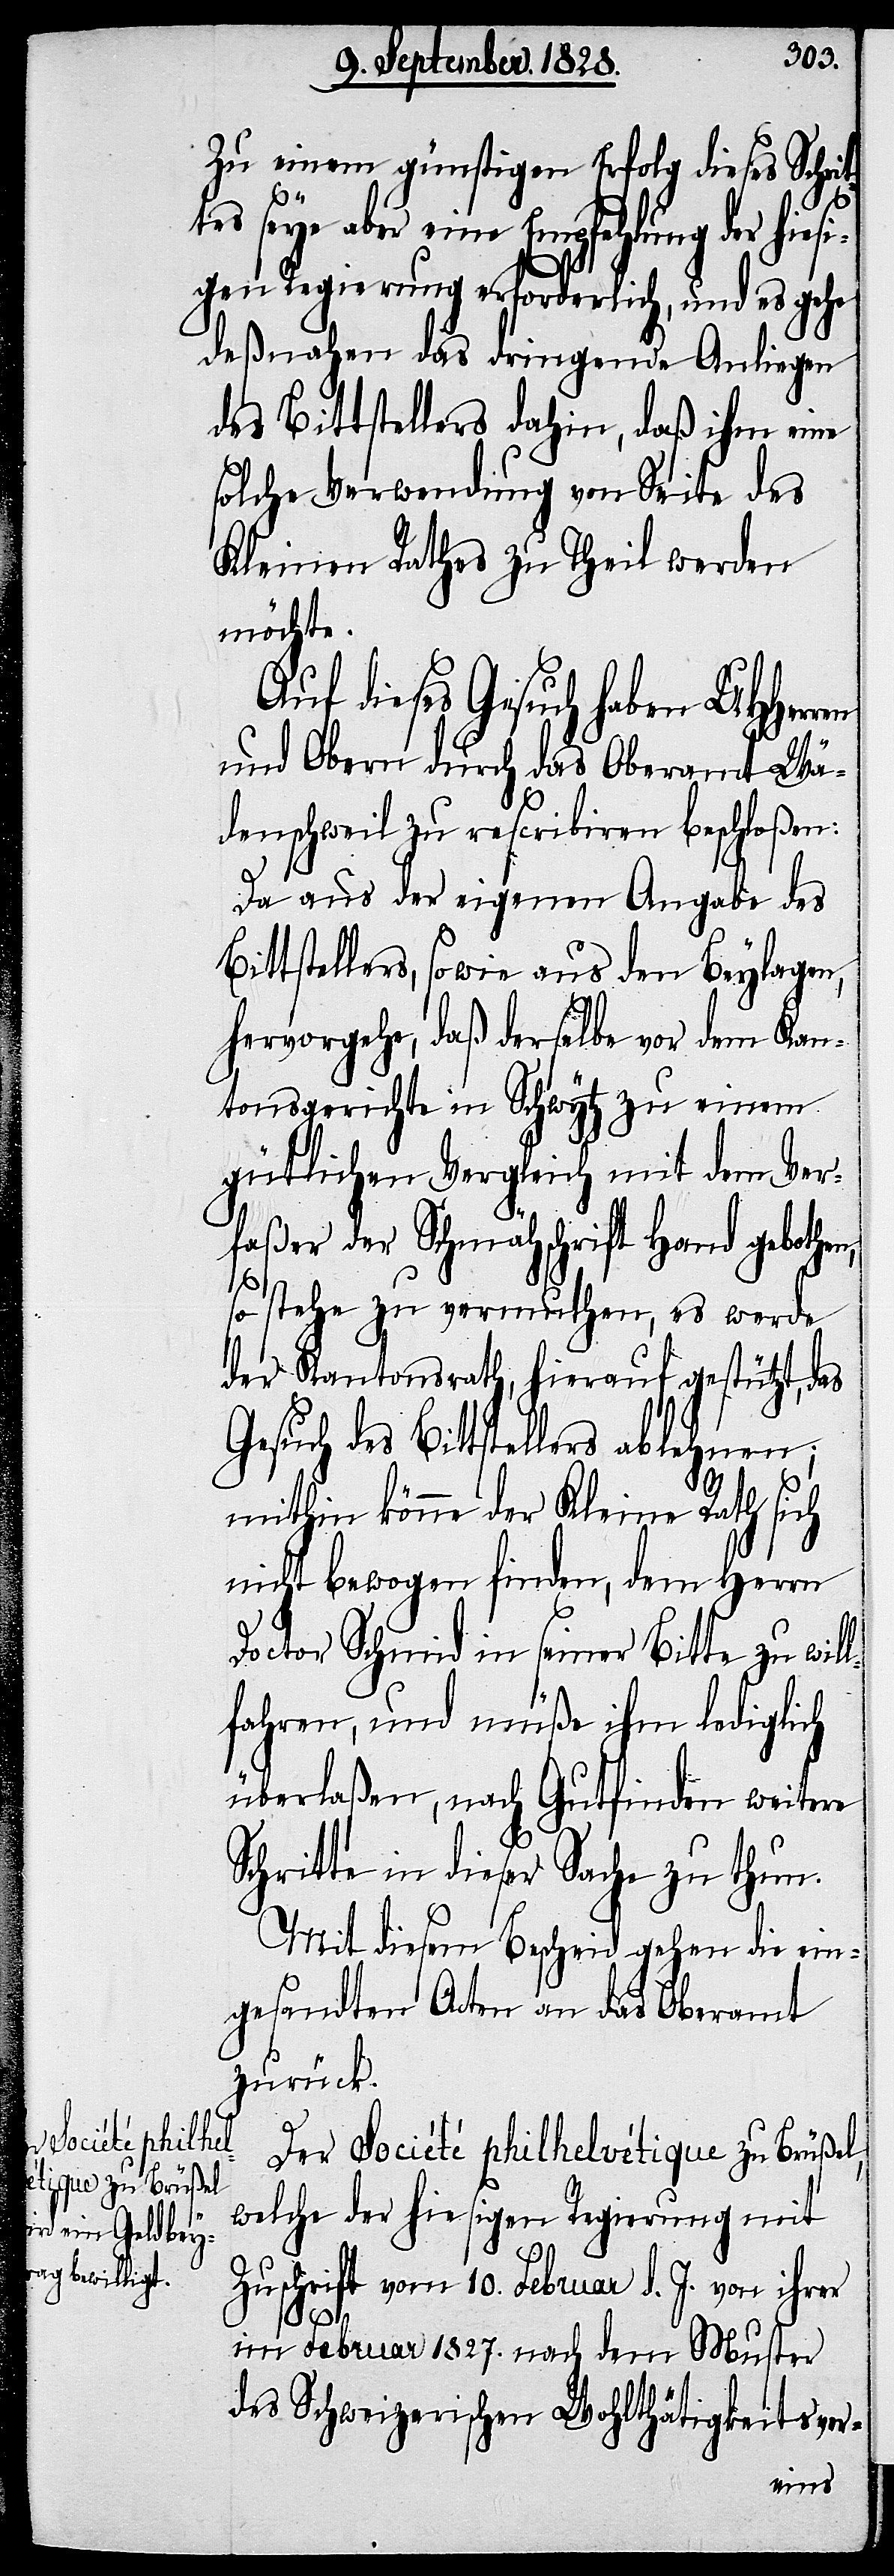
der hiesi¬

Zu einem günstigen Erfolg dieses Schrit¬
es seye aber eine Empfehlung
gen Regierung erforderlich, und es gehe
deßnahen das dringende Anliegen
des Bittstellers dahin, daß ihm eine
solche Verwendung von Seite des
Kleinen Rathes zu Theil werden
möchte.
Auf dieses Gesuch haben UHHerr¬
und Obern durch das Oberamt Wä¬
denschweil zu rescribiren beschloßen:
Da aus der eigenen Angabe des
Bittstellers, so wie aus den Beylagen,
hervorgehe, daß derselbe vor dem Kan¬
tonsgerichte in Schwytz zu einem
gütlichen Vergleich mit dem Ver¬
faßer der Schmähschrift Hand gebothen,
so stehe zu vermuthen, es werde
der Kantonsrath, hierauf gestützt, das
Gesuch des Bittstellers ablehnen;
mithin könne der Kleine Rath sich
nicht bewogen finden, dem Herrn
Doctor Schmid in seiner Bitte zu will¬
fahren, und müße ihm lediglich
überlaßen, nach Gutfinden weitere
Schritte in dieser Sache zu thun.
Mit diesem Bescheid gehen die ein¬
gesandten Acten an das Oberamt
zurück.
Der Société philhelvétique zu Brüßel,
welche der hiesigen Regierung mit
Zuschrift vom 10. Februar d. J. von ihrer
en
im Februar 1827. nach dem Muster
des Schweizerischen Wohlthätigkeitsver-